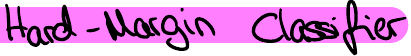
Hard-Margin Classifier